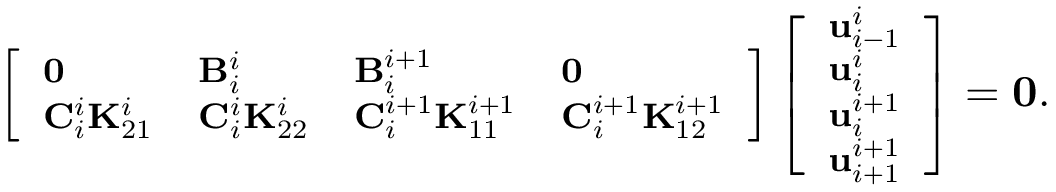
\footnotesize \left[ \begin{array} { l l l l } { \mathbf { 0 } } & { \mathbf { B } _ { i } ^ { i } } & { \mathbf { B } _ { i } ^ { i + 1 } } & { \mathbf { 0 } } \\ { \mathbf { C } _ { i } ^ { i } \mathbf { K } _ { 2 1 } ^ { i } } & { \mathbf { C } _ { i } ^ { i } \mathbf { K } _ { 2 2 } ^ { i } } & { \mathbf { C } _ { i } ^ { i + 1 } \mathbf { K } _ { 1 1 } ^ { i + 1 } } & { \mathbf { C } _ { i } ^ { i + 1 } \mathbf { K } _ { 1 2 } ^ { i + 1 } } \end{array} \right] \left[ \begin{array} { l } { \mathbf { u } _ { i - 1 } ^ { i } } \\ { \mathbf { u } _ { i } ^ { i } } \\ { \mathbf { u } _ { i } ^ { i + 1 } } \\ { \mathbf { u } _ { i + 1 } ^ { i + 1 } } \end{array} \right] = \mathbf { 0 } .